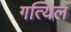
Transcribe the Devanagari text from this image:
गत्यिल